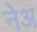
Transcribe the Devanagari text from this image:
नेअ